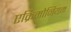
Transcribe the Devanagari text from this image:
एक्रिमोनियम